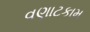
વણાટકામ